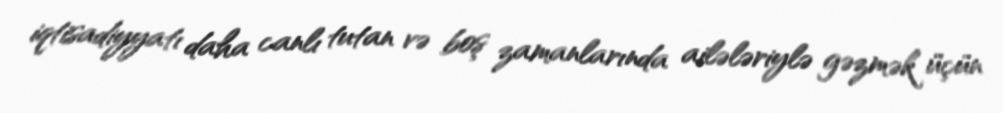
iqtisadiyyatı daha canlı tutan və boş zamanlarında ailələriylə gəzmək üçün